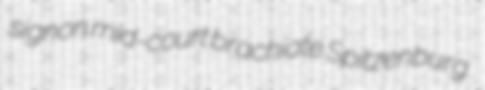
signon mid-court brachiate Spitzenburg